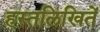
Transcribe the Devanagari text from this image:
हस्तलिखितें